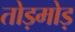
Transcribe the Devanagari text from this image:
तोड़मोड़